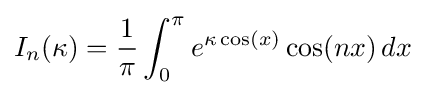
I_{n}(\kappa )={\frac {1}{\pi }}\int _{0}^{\pi }e^{\kappa \cos(x)}\cos(nx)\,dx